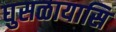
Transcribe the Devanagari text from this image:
घुसळायासि